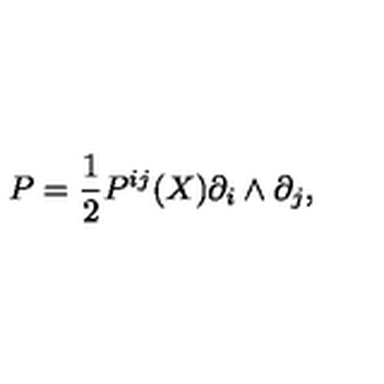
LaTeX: P = \frac { 1 } { 2 } P ^ { i j } ( X ) \partial _ { i } \wedge \partial _ { j } ,